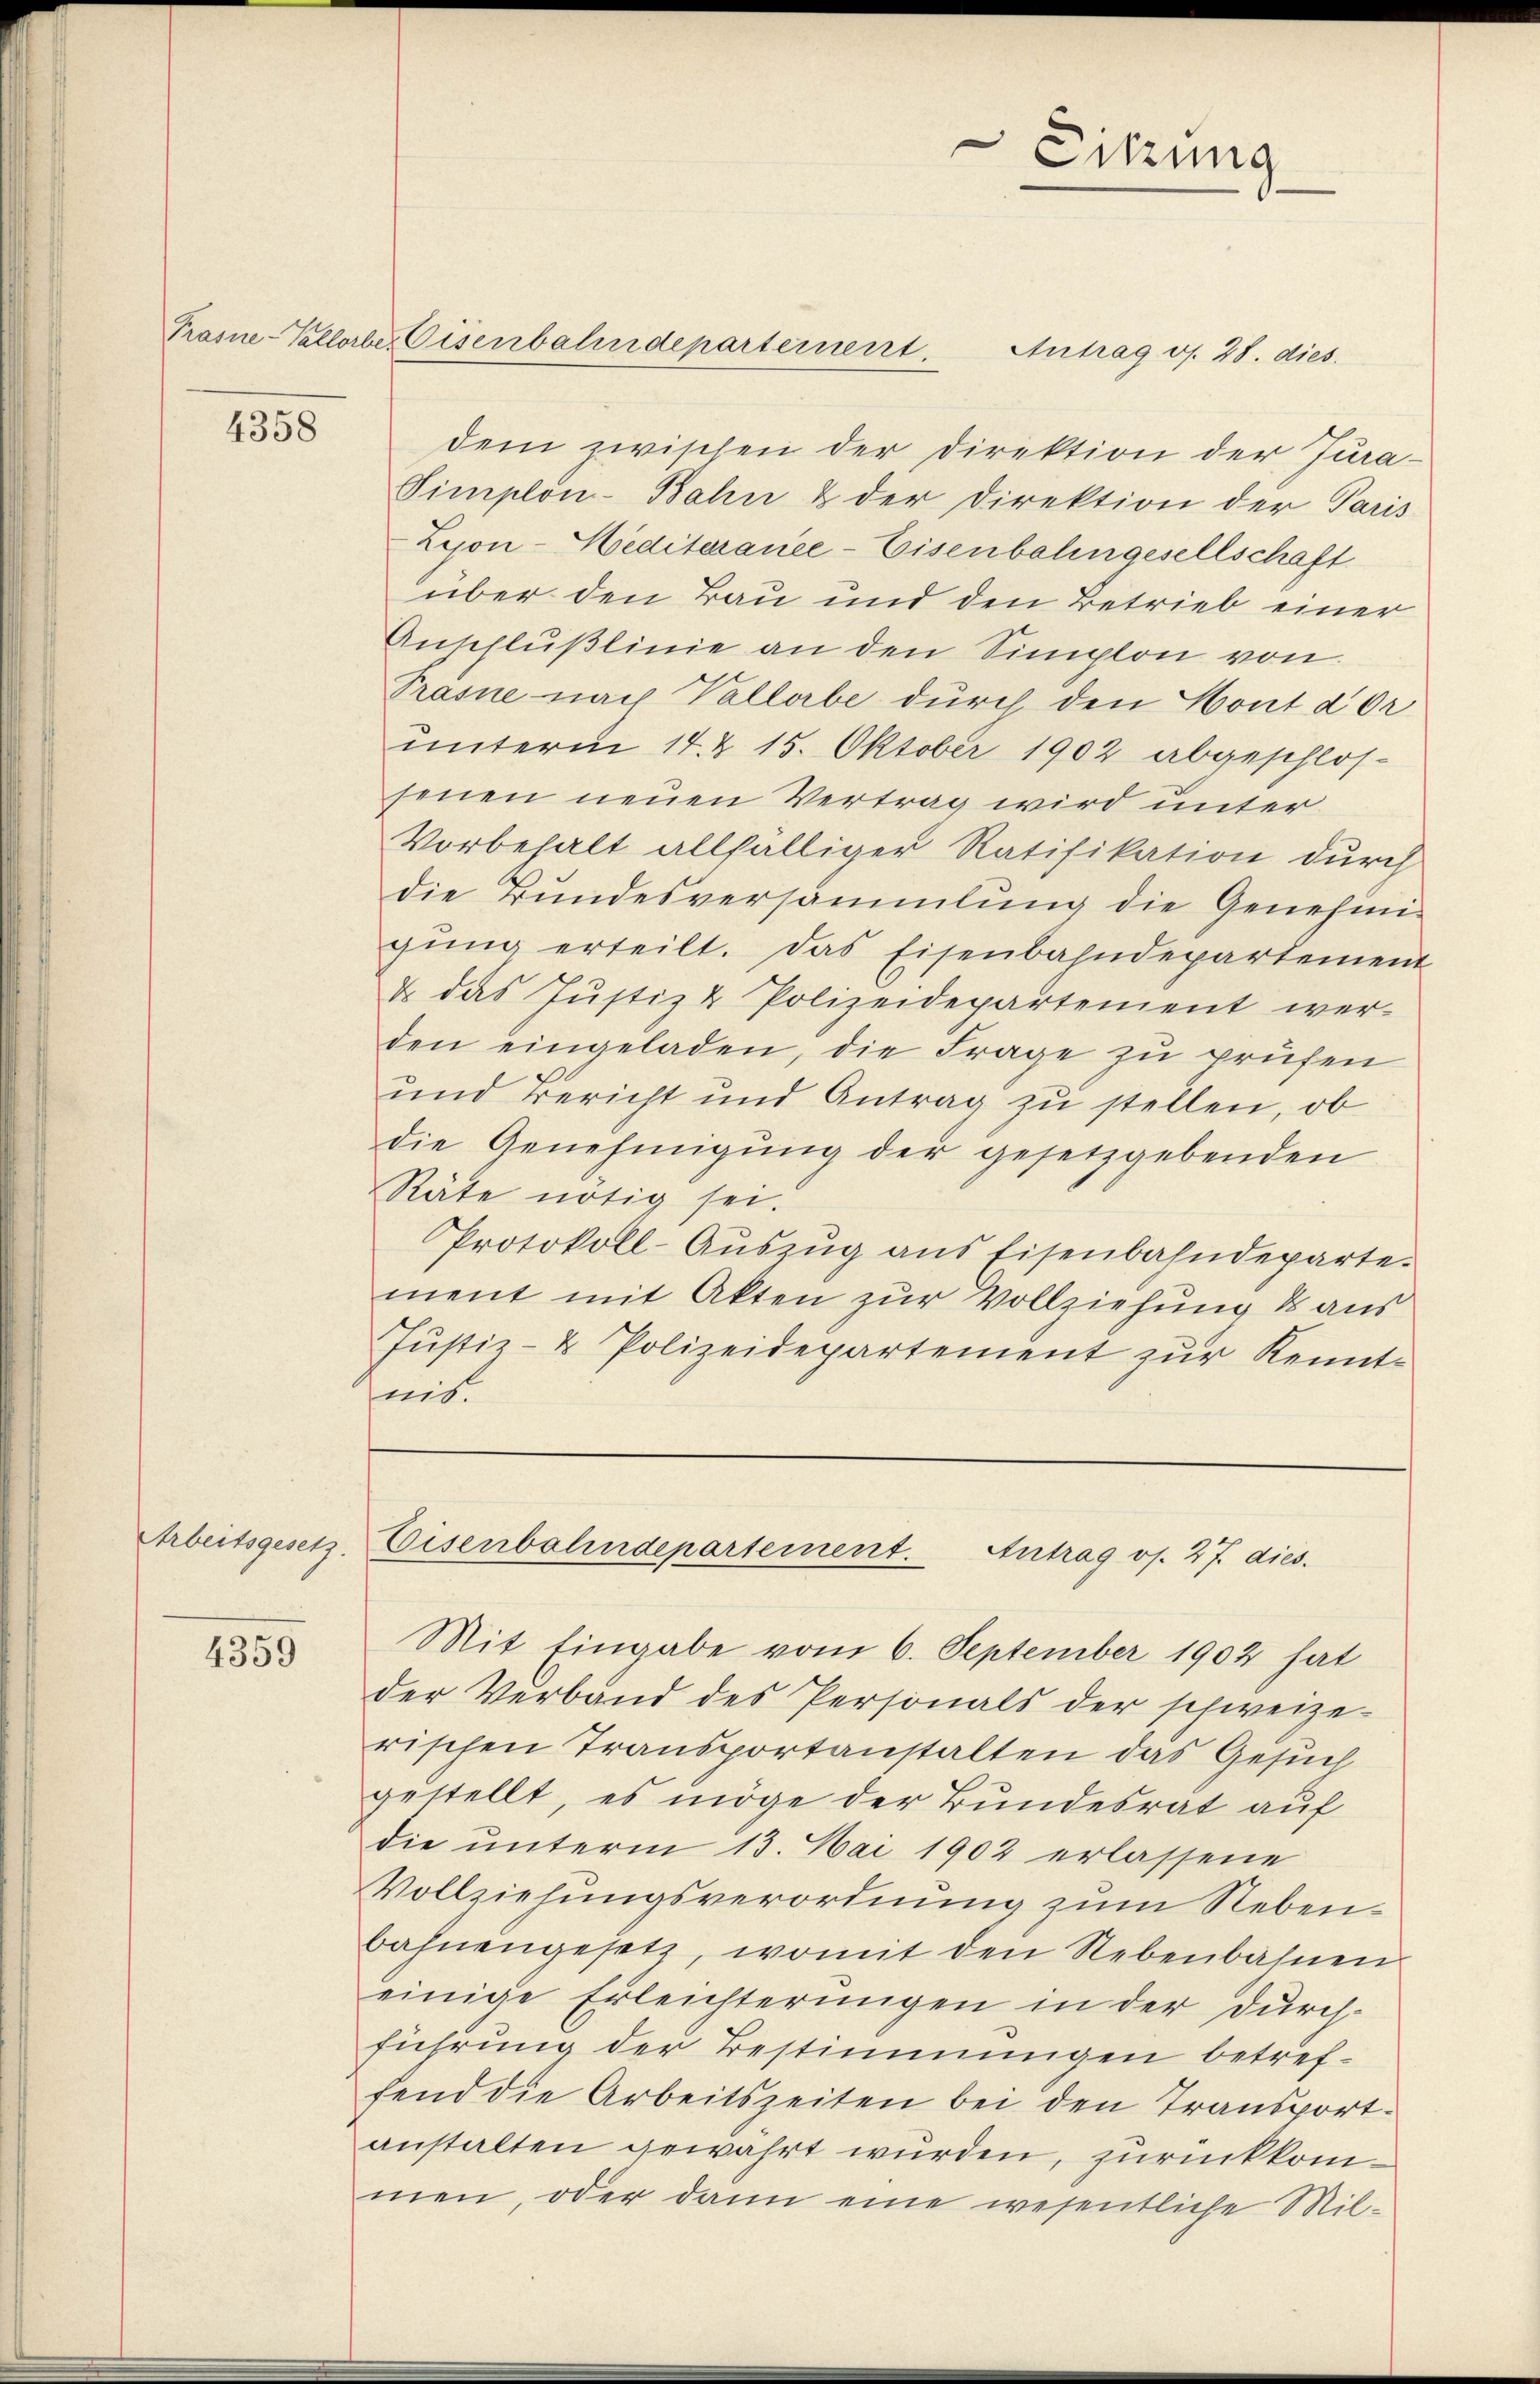
4358

Arbeitsgesetz.

4359

Prasne-Vallorber Eisenbahndepartement

Antrag ds. 28. dies
dem zwischen der Direktion der Jura-
Simplon-Bahn & der Direktion der Paris
Lejon-Hediteranee-Eisenbahngesellschaft
über den Bau und den Betrieb einer
Anschlußlinie an den Simplon von
Prasne nach Vallabe durch den Hont dor
unterm 14. & 15. Oktober 1902 abgeschlos-
senen neuen Vertrag wird unter
Vorbehalt allfälliger Ratifikation durch
die Bundesversammlung die Genehmigŭng erteilt. Das Eisenbahndepartement
&. das Justiz & Polizeidepartement wer-
den eingeladen, die Frage zu prüfen
und Bericht und Antrag zu stellen, ob
die Genehmigŭng der gesetzgebenden
Räte nötig sei.
Protokoll-Aŭszŭg ans Eisenbahndeparte.
ment mit Akten zur Vollziehung & aus
Justiz- & Polizeidepartement zur Kenntnis

Sitzung

Eisenbahndepartement. Antrag os. 27. dies.

Mit Eingabe vom 6. September 1902 hat
der Verband des Personals der schweize-
rischen Transportanstalten das Gesuch
gestellt, es möge der Bundesrat auf
die unterm 13. Mai 1902 erlassene
Vollziehungsverordnung zum Nebenbahnengesetz, womit den Nebenbahnen
einige Erleichterungen in der Durch-
führung der Bestimmungen betreffend die Arbeitszeiten bei den Transport-
anstalten gewahrt wurden, zurückkommen, oder dann eine wesentliche Mil-